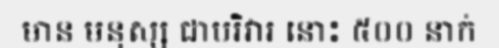
មាន មនុស្ស ជាបរិវារ នោះ ៥០០ នាក់